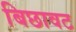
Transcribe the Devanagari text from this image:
बिछावट